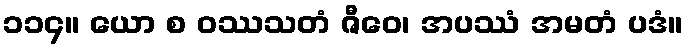
၁၁၄။ ယော စ ဝဿသတံ ဇီဝေ၊ အပဿံ အမတံ ပဒံ။